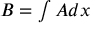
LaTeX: \textstyle B = \int A d x